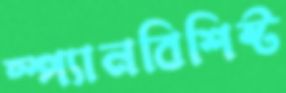
স্প্যানবিশিষ্ট